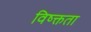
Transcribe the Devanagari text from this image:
विष्क्तता